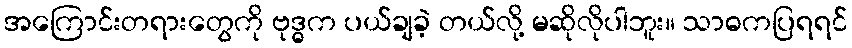
အကြောင်းတရားတွေကို ဗုဒ္ဓက ပယ်ချခဲ့ တယ်လို့ မဆိုလိုပါဘူး။ သာဓကပြရရင်